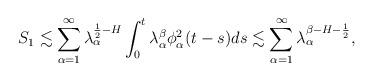
LaTeX: \begin{align*}S_1\lesssim \sum_{\alpha=1}^\infty \lambda_\alpha^{\frac{1}{2}-H} \int_0^t \lambda_\alpha^\beta \phi_\alpha^2(t-s) ds\lesssim \sum_{\alpha=1}^\infty \lambda_\alpha^{\beta-H-\frac{1}{2}},\end{align*}